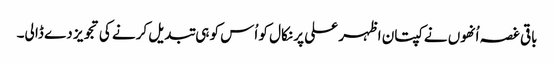
باقی غصہ اُنھوں نے کپتان اظہر علی پر نکال کو اُس کو ہی تبدیل کرنے کی تجویز دے ڈا لی۔